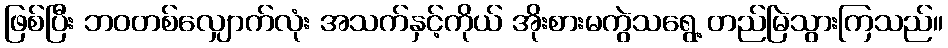
ဖြစ်ပြီး ဘဝတစ်လျှောက်လုံး အသက်နှင့်ကိုယ် အိုးစားမကွဲသရွေ့ တည်မြဲသွားကြသည်။